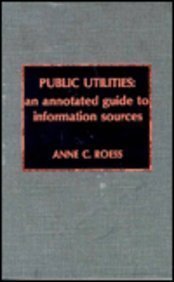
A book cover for Public Utilities; Anne C. Roess; Law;